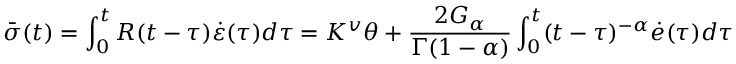
\bar { \sigma } ( t ) = \int _ { 0 } ^ { t } R ( t - \tau ) \dot { \varepsilon } ( \tau ) d \tau = K ^ { v } \theta + \frac { 2 G _ { \alpha } } { \Gamma ( 1 - \alpha ) } \int _ { 0 } ^ { t } ( t - \tau ) ^ { - \alpha } \dot { e } ( \tau ) d \tau